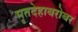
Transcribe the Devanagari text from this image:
मृतदेहाबरोबर